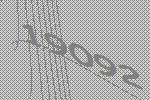
19092